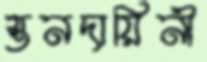
স্তনদায়িনী